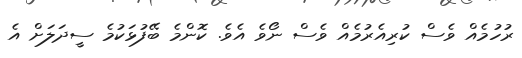
ރުހުމެއް ވެސް ކުރިއެރުމެއް ވެސް ނޯވެ އެވެ. ކޮންމެ ބޭފުޅަކުމެ ސީދަލަށް އެ